Calcutta medical institutions reports 1892-1900
Year: 1892
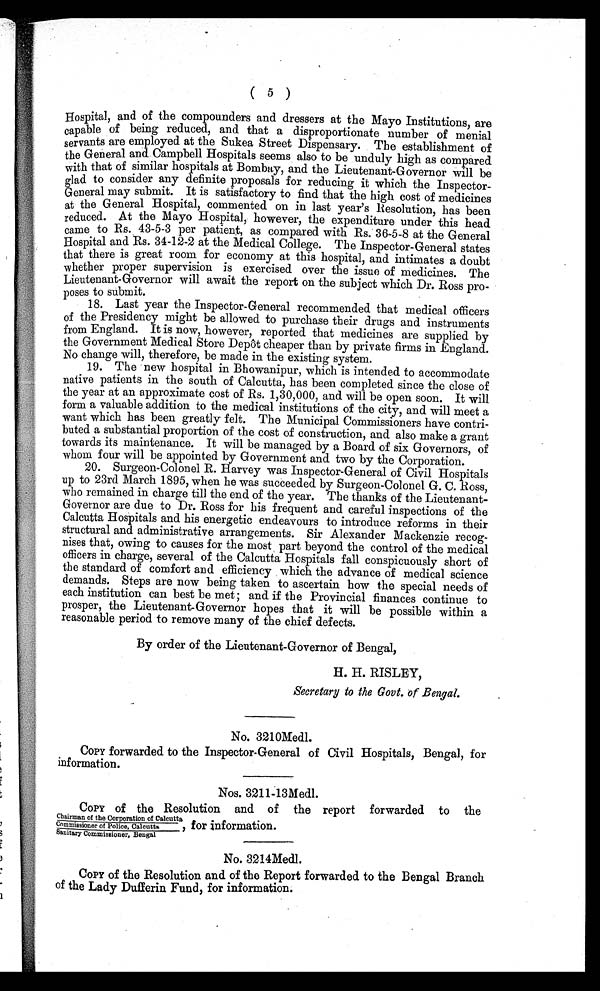
( 5 )
Hospital, and of the compounders and dressers at the Mayo Institutions, are
capable of being reduced, and that a disproportionate number of menial
servants are employed at the Sukea Street Dispensary. The establishment of
the General and Campbell Hospitals seems also to be unduly high as compared
with that of similar hospitals at Bombay, and the Lieutenant-Governor will be
glad to consider any definite proposals for reducing it which the Inspector
-General may submit. It is satisfactory to find that the high cost of medicines
at the General Hospital, commented on in last year’s Resolution, has been
reduced. At the Mayo Hospital, however, the expenditure under this head
came to Rs. 43-5-3 per patient, as compared with Rs. 36-5-8 at the General
Hospital and Rs. 34-12-2 at the Medical College. The Inspector-General states
that there is great room for economy at this hospital, and intimates a doubt
whether proper supervision is exercised over the issue of medicines. The
Lieutenant-Governor will await the report on the subject which Dr. Ross pro--
poses to submit.
18. Last year the Inspector-General recommended that medical officers
of the Presidency might be allowed to purchase their drugs and instruments
from England. It is now, however, reported that medicines are supplied by
the Government Medical Store Depôt cheaper than by private firms in England.
No change will, therefore, be made in the existing system.
19. The new hospital in Bhowanipur, which is intended to accommodate
native patients in the south of Calcutta, has been completed since the close of
the year at an approximate cost of Rs. 1,30,000, and will be open soon. It will
form a valuable addition to the medical institutions of the city, and will meet a
want which has been greatly felt. The Municipal Commissioners have contri-
buted a substantial proportion of the cost of construction, and also make a grant
towards its maintenance. It will be managed by a Board of six Governors, of
whom four will be appointed by Government and two by the Corporation.
20. Surgeon-Colonel R. Harvey was Inspector-General of Civil Hospitals
up to 23rd March 1895, when he was succeeded by Surgeon-Colonel G. C. Ross,
who remained in charge till the end of the year. The thanks of the Lieutenant-
Governor are due to Dr. Ross for his frequent and careful inspections of the
Calcutta Hospitals and his energetic endeavours to introduce reforms in their
structural and administrative arrangements. Sir Alexander Mackenzie recog-
nises that, owing to causes for the most part beyond the control of the medical
officers in charge, several of the Calcutta Hospitals fall conspicuously short of
the standard of comfort and efficiency which the advance of medical science
demands. Steps are now being taken to ascertain how the special needs of
each institution can best be met; and if the Provincial finances continue to
prosper, the Lieutenant-Governor hopes that it will be possible within a
reasonable period to remove many of the chief defects.
By order of the Lieutenant-Governor of Bengal,
H. H. RISLEY,
Secretary to the Govt. of Bengal.
No. 3210Medl.
CoPY forwarded to the Inspector-General of Civil Hospitals, Bengal, for
information.
Nos. 3211-13Medl.
COPY of the Resolution and of the report forwarded to the
Chairman of the Corporation of Calcutta
commissioner of Police, Calcutta
,
Sanitary Commissioner, Bengal
for information.
No. 3214Medl.
CoPY of the Resolution and of the Report forwarded to the Bengal Branch
of the Lady Dufferin Fund, for information.